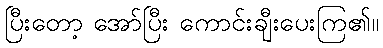
ပြီးတော့ အော်ပြီး ကောင်းချီးပေးကြ၏။